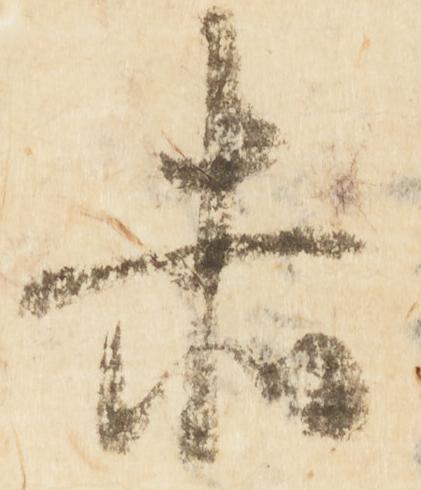
赤